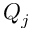
Q _ { j }